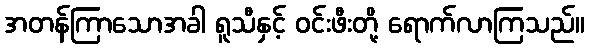
အတန်ကြာသောအခါ ရူသီနှင့် ဝင်းဖီးတို့ ရောက်လာကြသည်။